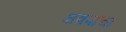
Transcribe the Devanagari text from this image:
क्षत्रपांचा